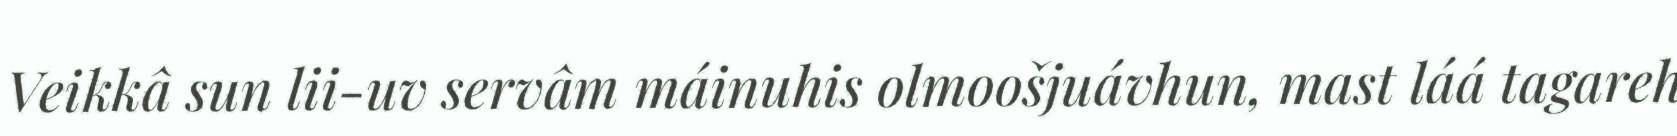
Veikkâ sun lii-uv servâm máinuhis olmoošjuávhun, mast láá tagareh